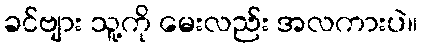
ခင်ဗျား သူ့ကို မေးလည်း အလကားပဲ။